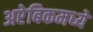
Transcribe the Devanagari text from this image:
अरेबिकमध्ये